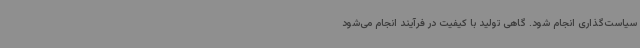
سیاست‌گذاری انجام شود. گاهی تولید با کیفیت در فرآیند انجام می‌شود